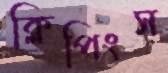
ক্লিপিংস